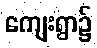
ကျေးရွာ၌